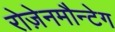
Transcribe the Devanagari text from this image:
रोज़ेनमौन्टेग